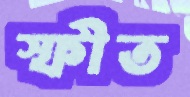
স্ফীত